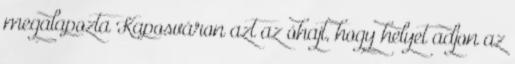
megalapozta Kaposváron azt az óhajt, hogy helyet adjon az